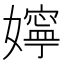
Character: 嬣